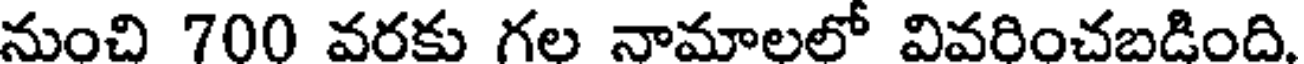
నుంచి 700 వరకు గల నామాలలో వివరించబడింది.